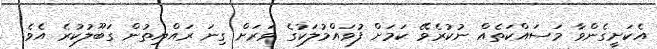
އެކަށީގެންވާ މަސައްކަތެއް ނުކުރެވޭ ކަމަށް ފުވައްމުލަކުގެ ވަރަށް ގިނަ ރައްޔިތުން ގަބޫލުކުރެ އެވެ.